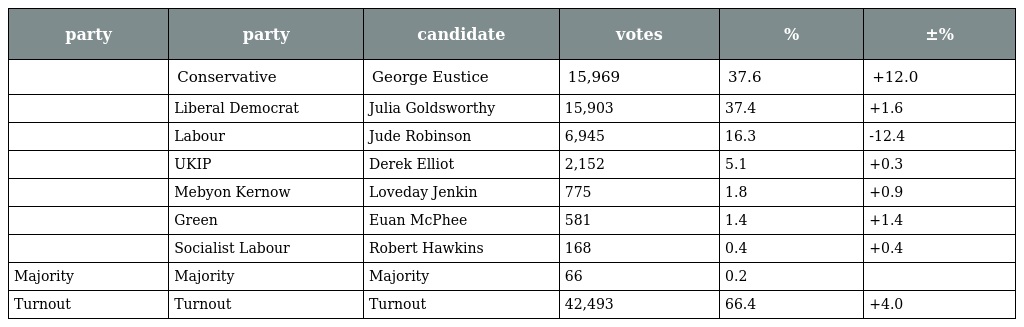
| party | party | candidate | votes | % | ±% |
 | --- | --- | --- | --- | --- | --- |
 |  | Conservative | George Eustice | 15,969 | 37.6 | +12.0 |
 |  | Liberal Democrat | Julia Goldsworthy | 15,903 | 37.4 | +1.6 |
 |  | Labour | Jude Robinson | 6,945 | 16.3 | -12.4 |
 |  | UKIP | Derek Elliot | 2,152 | 5.1 | +0.3 |
 |  | Mebyon Kernow | Loveday Jenkin | 775 | 1.8 | +0.9 |
 |  | Green | Euan McPhee | 581 | 1.4 | +1.4 |
 |  | Socialist Labour | Robert Hawkins | 168 | 0.4 | +0.4 |
 | Majority | Majority | Majority | 66 | 0.2 |  |
 | Turnout | Turnout | Turnout | 42,493 | 66.4 | +4.0 |